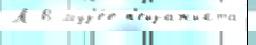
Л В муз'е́е п'ейзажиста